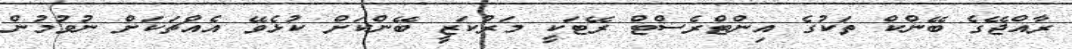
ރާއްޖޭގެ ބޭންކް ތަކުގެ އިންޓްރެސްޓް ރޭޓަކީ މަރުކަޒީ ބޭންކަށް ކުޅެވޭ އެއްޗަކަށް ނުވުމުން